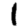
Digit: 1